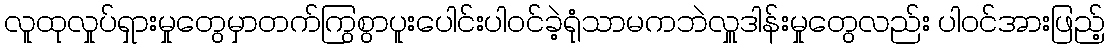
လူထုလှုပ်ရှားမှုတွေမှာတက်ကြွစွာပူးပေါင်းပါဝင်ခဲ့ရုံသာမကဘဲလှူဒါန်းမှုတွေလည်း ပါဝင်အားဖြည့်